Leaving Certificate Examination, 1909
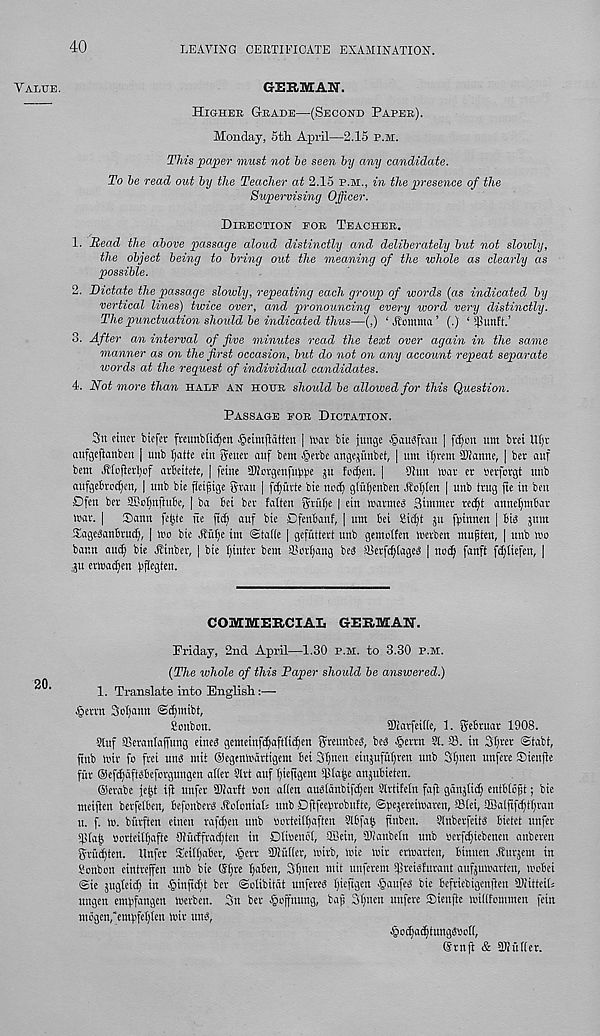
40
LEAVING CERTIFICATE EXAMINATION.
Value.
20.
GERMAN.
Higher Grade—(Second Paper).
Monday, 5tli April—2.15 p.m.
This paper must not he seen by any candidate.
To he read out by the Teacher at 2.15 P.M., in the presence of the
Supervising Officer.
Direction for Teacher.
1. Head the above passage aloud distinctly and deliberately but not slowly,
the object being to bring out the meaning of the whole as dearly as
possible.
2. Dictate the passage slowly, repeating each group of words (as indicated by
vertical lines) twice over, and pronouncing every word very distinctly.
The punctuation should be indicated thus—(,) ‘ Hottinm ’ (.) ‘ $unft.’
3. After an interval of five minutes read the text over again in the same
manner as on the first occasion, but do not on any account repeat separate
words at the request of individual candidates.
4. Not more than half an HOUR should be allowed for this Question.
Passage for Dictation.
3u finer biefet fteunblidjcn §eimptten | ivav bie junge ^ausfrait | fd)on nm bvci ttl)r
aufgeftanben [ mtb fyatte cin genet- auf bem ■ (berbe angejimbet, [ um tavern SOJanne, | bet- auf
bent H(o(iefI)tif arBeitete, | fctne SKorgenfuBpe ju fcdten. | 9lun wav er sevforgt unb
anfgeBtpc[|en, | unb bie fieijtige gvau | fdjih'te bie nod) gtuficnben Jboljtcn | unb trug fie in ben
Dfen bev SCotmfiuBe, | bet Bci bet- fatten gvtifje | ein wavmeg 3iintttet' re^t annefyntBar
trav. | ®antt fejjte tie fid) auf bie DfenBanf, | tun Bei 8id)t ju fyinnen j Bits 311111
Sage^anBrut^, | \vo bie Utific im ©taile | gefutiett uttb gemolfen tm'ben mupten, | ttnb wo
bar.tt attc§ bie Hinber, | bte Ijittiev bem SSov^ang bes SBetfcifiageb | ttoc§ fanft fd;itefett, ]
311 cmadjen ppegtett.
COMMERCIAL GERMAN.
Friday, 2nd April—1.30 p.m. to 3.30 p.m.
(The whole of this Paper should be answered.)
1. Translate into English:—
fjevtit Soljantt ©djmibt,
Sottbon.
Siavfeitie, 1. geBruat 1908.
9luf aSevanlaffttng eines gemeinf^afttic^en grettnbeg, beg §erm 91. ffi. in 3I)rev @tabt,
ftnb toil- fo ftei ung mit Oegenit'fivitgent Bci 3f)ticu eittsuftiijvett uttb Slptett unfere iDiettfle
fftt- ®efd)afigBeforgungen atier 9lvt attf f)teftgem $(a|e anjuBietcn.
®evabc ie|t ifl ttitfer SWavIt non ailen augidnbifdfett Stvtifeln fajl geinstid) entBiofjt; bie
meifien bevfeibett, Befonbevg Jlolottiatt nub Djifccfirobufte, ©iteseveiwafcii, SMei, SSaifife^tfjvan
it. f. to. burften eitten vafd)ett ttnb oovieilijaften SlBfaJ ftnbeti. Sfnbevfeitg Bietet uttfev
gorteilijafte fRucffte-idjten in Dfisenoi, ®ein, aiianbeln ttttb setf^iebenett anberen
gvu^ten. Itnfer SeitfiaBcr, §ert SJiufier, wirb, toie wit- ettnatten, Btttncn J?ur3em in
Sonbon eintrejfen unb bie (Sfire IjaBett, 3f)nett mit uttfevem i)3i-eigfttvant attfsitwarten, woBei
@ie 3Uegfeid) in •§infid;t bev ©clibitdt uttfereg .Ijieftgen §aufeg bie Bcfriebigenften aiiitteitt
ungen embfangen tuetben. 3tt bev §ojfnung, baf Sljitett unfeve Siettfie totiifommen fein
mogen,‘em))feI)tcn loiv ttttg,
§oi^af§tungg»of(,
Gvnfi & SOfttfiev.